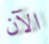
الآن